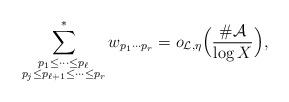
LaTeX: \begin{align*}\sum_{\substack{p_1\le \dots\le p_\ell \\ p_j\le p_{\ell+1}\le \dots \le p_r}}^* w_{p_1\cdots p_r}=o_{\mathcal{L},\eta}\Bigl(\frac{\#\mathcal{A}}{\log{X}}\Bigr),\end{align*}